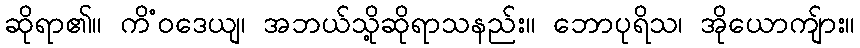
ဆိုရာ၏။ ကိံဝဒေယျ၊ အဘယ်သို့ဆိုရာသနည်း။ ဘောပုရိသ၊ အိုယောကျ်ား။